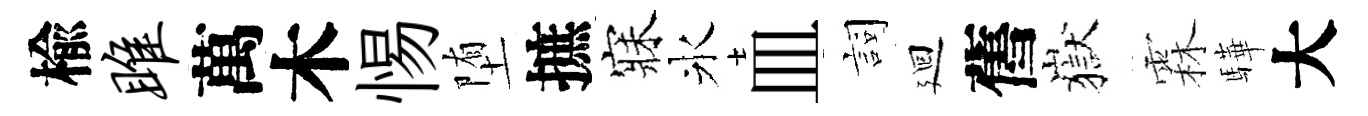
楡雎萬木惕堕摭寐氷皿詞廻舊嶽霖驊大